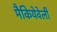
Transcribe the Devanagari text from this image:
मैकियेवेली